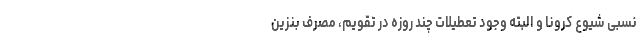
نسبی شیوع کرونا و البته وجود تعطیلات چند روزه در تقویم، مصرف بنزین